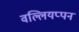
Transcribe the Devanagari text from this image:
वल्लियप्पन